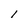
Character: l